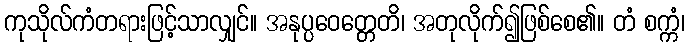
ကုသိုလ်ကံတရားဖြင့်သာလျှင်။ အနုပ္ပဝေတ္တေတိ၊ အတုလိုက်၍ဖြစ်စေ၏။ တံ စက္ကံ၊